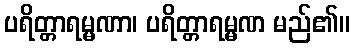
ပရိတ္တာရမ္မဏာ၊ ပရိတ္တာရမ္မဏ မည်၏။